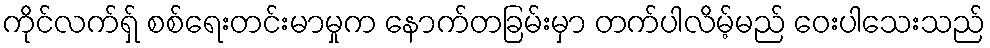
ကိုင်လက်ရှ် စစ်ရေးတင်းမာမှုက နောက်တခြမ်းမှာ တက်ပါလိမ့်မည် ဝေးပါသေးသည်